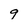
Character: 9